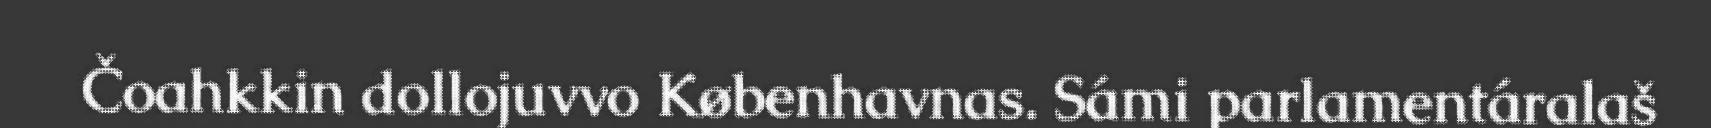
Čoahkkin dollojuvvo Københavnas. Sámi parlamentáralaš